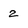
Character: 2